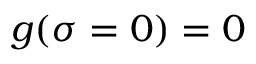
g ( \sigma = 0 ) = 0